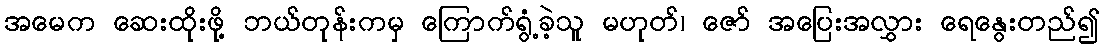
အမေက ဆေးထိုးဖို့ ဘယ်တုန်းကမှ ကြောက်ရွံ့ခဲ့သူ မဟုတ်၊ ဇော် အပြေးအလွှား ရေနွေးတည်၍